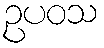
ဥပဝသ